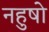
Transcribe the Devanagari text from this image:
नहुषो